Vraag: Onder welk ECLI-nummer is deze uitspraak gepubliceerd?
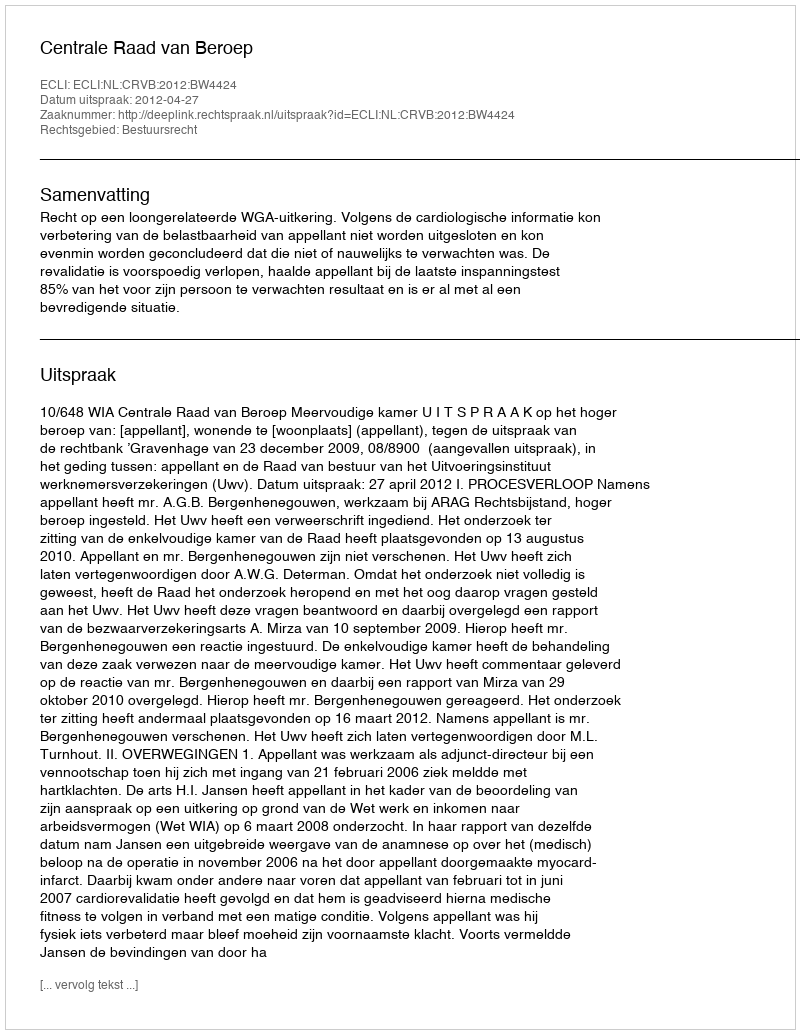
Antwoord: ECLI:NL:CRVB:2012:BW4424